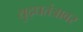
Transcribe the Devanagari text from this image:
युद्धतंत्रावर